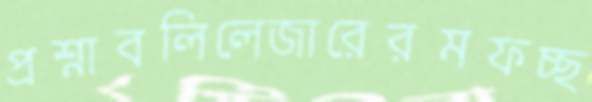
প্রশ্নাবলিলেজারেরমফচ্ছ